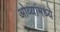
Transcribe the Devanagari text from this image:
ओव्यांमध्ये